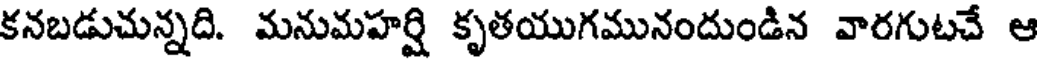
కనబడుచున్నది. మనుమహర్షి కృతయుగమునందుండిన వారగుటచే ఆ